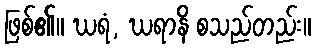
ဖြစ်၏။ ဃရံ, ဃရာနိ စသည်တည်း။